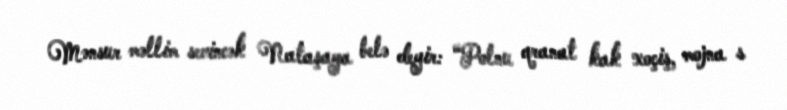
Mənsur məllim sevincək Nataşaya belə deyir: “Polnu qranat kak xoçiş, mojna s